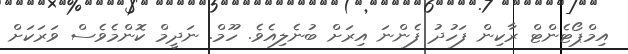
އިމްޕޯޓެންޓް ރާކިން ފަހުދު ފެންނަ އިރަށް ބުނެލިއެވެ. ހޫމް. ނަދީމް ކޮންމެވެސް ވަރަކަށް